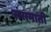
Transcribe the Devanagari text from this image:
सरामाती